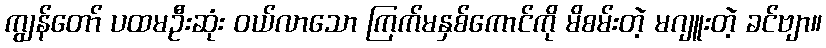
ကျွန်တော် ပထမဦးဆုံး ဝယ်လာသော ကြက်မနှစ်ကောင်ကို မိစမ်းတဲ့ မဂျူးတဲ့ ခင်ဗျာ။